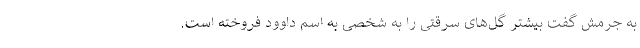
به جرمش گفت بیشتر گل‌های سرقتی را به شخصی به اسم داوود فروخته است.